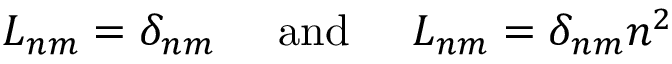
L _ { n m } = \delta _ { n m } \; \; \; \; \; \mathrm { a n d } \; \; \; \; \; L _ { n m } = \delta _ { n m } n ^ { 2 }